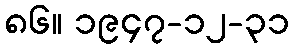
၈၆။ ၁၉၄၇-၁၂-၃၁